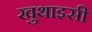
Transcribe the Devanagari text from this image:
खुथाइसी